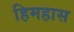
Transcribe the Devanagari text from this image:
हिमहास